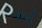
لست